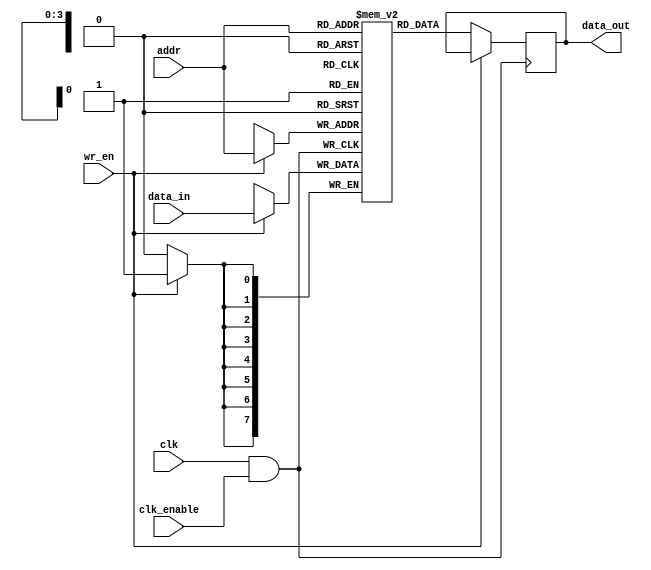
module memory_block (
    input wire clk,               // Global clock signal
    input wire clk_enable,        // Clock enable signal
    input wire [7:0] data_in,     // Data input
    input wire [3:0] addr,        // Address input
    input wire wr_en,             // Write enable signal
    output reg [7:0] data_out     // Data output
);

    // Memory array (e.g., 16 x 8-bit SRAM)
    reg [7:0] mem [0:15];
    
    // Gated clock signal
    wire gated_clk;

    // Transmission gate for clock gating
    assign gated_clk = clk & clk_enable;

    always @(posedge gated_clk) begin
        if (wr_en) begin
            mem[addr] <= data_in;  // Write operation
        end
        else begin
            data_out <= mem[addr];  // Read operation
        end
    end

endmodule